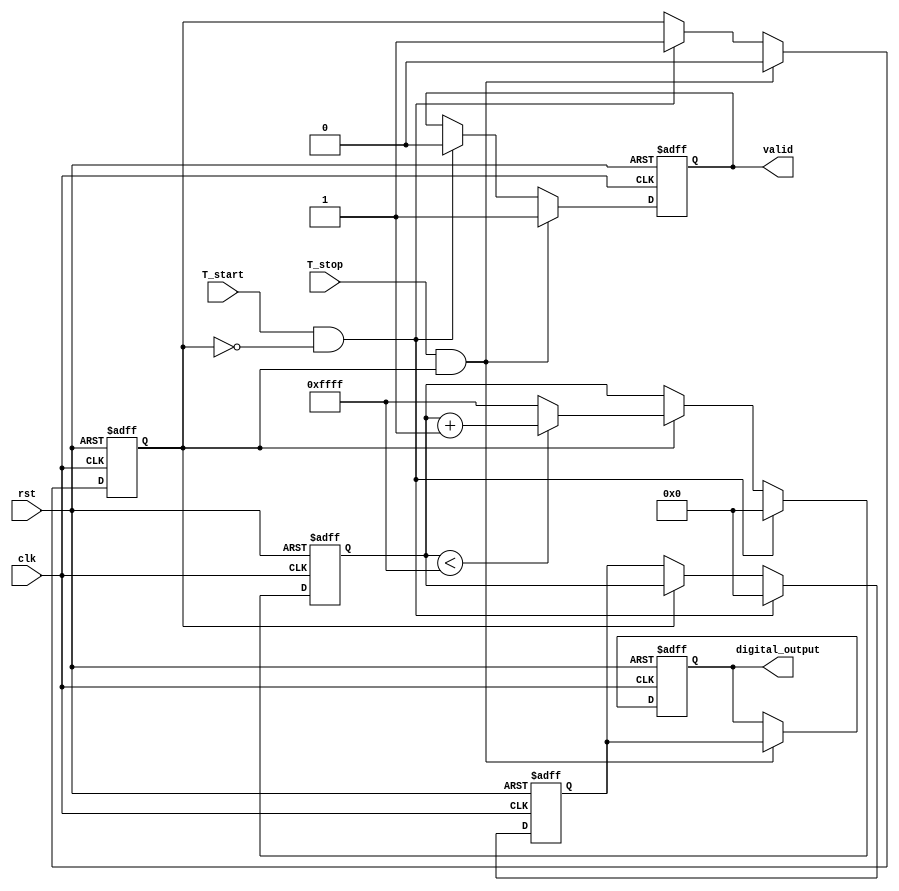
module TDC (
    input wire clk,           // System clock
    input wire rst,           // Reset signal
    input wire T_start,       // Start signal
    input wire T_stop,        // Stop signal
    output reg [15:0] digital_output, // Digital output representing time interval
    output reg valid          // Output valid flag
);

    // Parameters
    parameter CHARGE_RATE = 16'd1;   // Charging rate for the capacitor (in arbitrary units)
    parameter MAX_COUNT = 16'd65535;  // Maximum count for digital output based on resolution

    // Internal signals
    reg [15:0] voltage_level;          // Represents the voltage level (time interval)
    reg charging;                      // Charging state flag
    reg [15:0] counter;                // Counter for time measurement

    // Control logic
    always @(posedge clk or posedge rst) begin
        if (rst) begin
            // Reset logic
            charging <= 1'b0;
            voltage_level <= 16'd0;
            counter <= 16'd0;
            digital_output <= 16'd0;
            valid <= 1'b0;
        end else begin
            if (T_start && !charging) begin
                // Start charging when T_start detected
                charging <= 1'b1;
                voltage_level <= 16'd0;
                counter <= 16'd0;
                valid <= 1'b0; // Reset valid flag
            end else if (charging) begin
                // Charge the capacitor
                if (counter < MAX_COUNT) begin
                    counter <= counter + CHARGE_RATE; // Increase counter by charging rate
                end else begin
                    counter <= MAX_COUNT; // Clamp to MAX_COUNT
                end
                voltage_level <= counter; // Update voltage level based on counter
            end
            
            if (T_stop && charging) begin
                // Stop charging when T_stop detected
                charging <= 1'b0;
                digital_output <= voltage_level; // Output the measured voltage as digital value
                valid <= 1'b1; // Set valid flag to indicate valid output
            end
        end
    end

endmodule